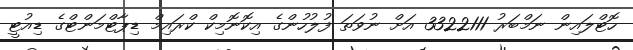
ހޮޓްލައިން ނަމްބަރު 3322111 އަށް ނުވަތަ ފުލުހުންގެ އިކޮނޮމިކް ކްރައިމް ޑިޕާޓްމަންޓްގެ ޑިއުޓީ